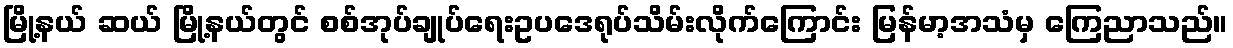
မြို့နယ် ဆယ် မြို့နယ်တွင် စစ်အုပ်ချုပ်ရေးဥပဒေရုပ်သိမ်းလိုက်ကြောင်း မြန်မာ့အသံမှ ကြေညာသည်။